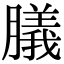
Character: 𦡫